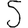
Digit: 5